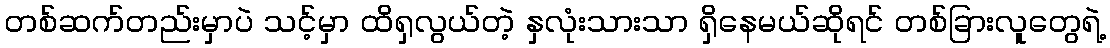
တစ်ဆက်တည်းမှာပဲ သင့်မှာ ထိရှလွယ်တဲ့ နှလုံးသားသာ ရှိနေမယ်ဆိုရင် တစ်ခြားလူတွေရဲ့